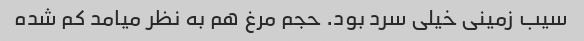
سیب زمینی خیلی سرد بود. حجم مرغ هم به نظر میامد کم شده